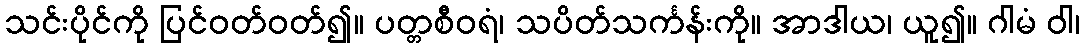
သင်းပိုင်ကို ပြင်ဝတ်ဝတ်၍။ ပတ္တစီဝရံ၊ သပိတ်သင်္ကန်းကို။ အာဒါယ၊ ယူ၍။ ဂါမံ ဝါ၊